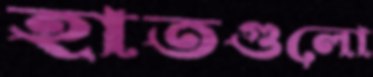
হাতগুলো